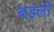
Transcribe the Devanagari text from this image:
बड़ली